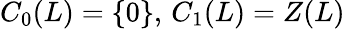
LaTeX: C_{0}(L)=\{ 0\} ,\, C_{1}(L)=Z(L)